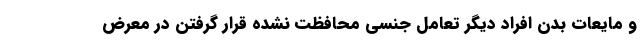
و مایعات بدن افراد دیگر تعامل جنسی محافظت نشده قرار گرفتن در معرض